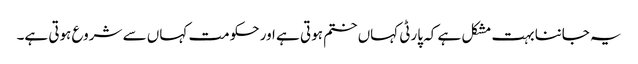
یہ جاننا بہت مشکل ہے کہ پارٹی کہاں ختم ہوتی ہے اور حکومت کہاں سے شروع ہوتی ہے۔